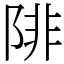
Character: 陫